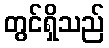
တွင်ရှိသည်